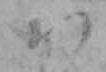
か